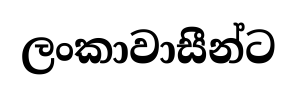
ලංකාවාසීන්ට